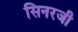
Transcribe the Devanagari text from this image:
सिनरजी